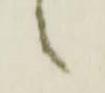
ニ